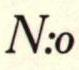
N:o